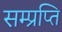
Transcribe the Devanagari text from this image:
सम्प्रप्ति